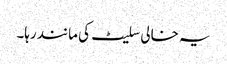
یہ خالی سلیٹ کی مانند رہا۔